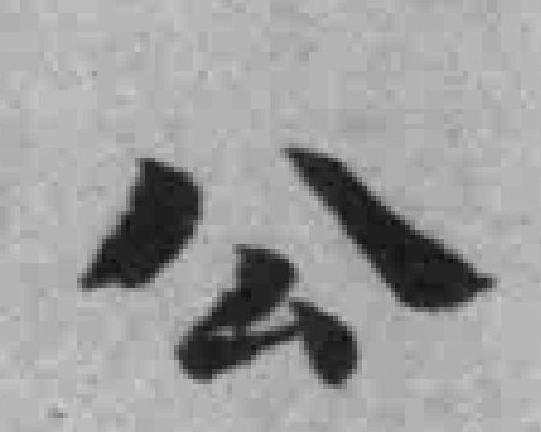
公